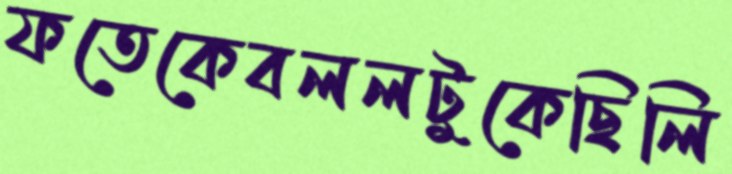
ফতেকেবললটুকেছিলি